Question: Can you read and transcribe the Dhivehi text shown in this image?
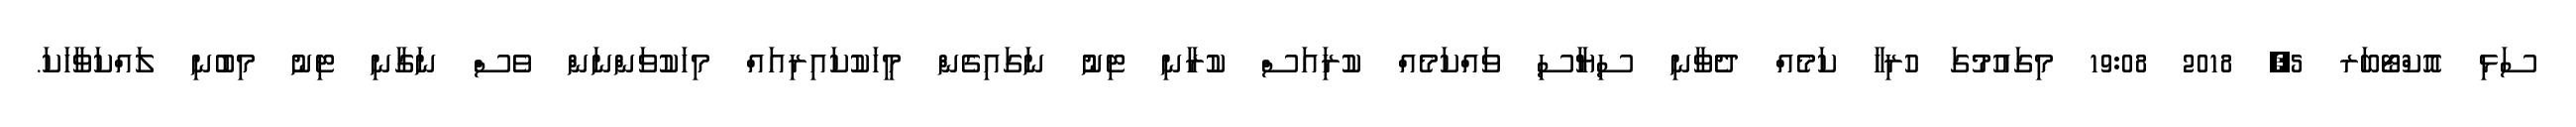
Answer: ސަޅި އޮކްޓޯބަރ 5, 2018 19:08 މިގައުމުގަ ހުރިހާ ކަމެއް ދެވާނި ސިޔާސި ވައްކަމެއް ކުރިައަސް ކުރާނި ޓިނުު ނަގައިގެން މީހަކުކައިރިއައް މިހަކުވަންނަން ވެސް ނަގާނި ޓިނު މިބުނި ލައްކަވާހަކަ.